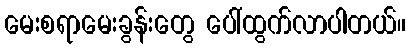
မေးစရာမေးခွန်းတွေ ပေါ်ထွက်လာပါတယ်။